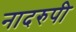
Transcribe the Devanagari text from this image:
नादरुपी